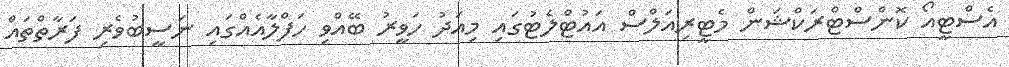
އެސްޓީއޯ ކޮންސްޓްރަކްޝަން މެޓީރިއަލްސް އައުޓްލެޓުގައި މިއަދު ހަވީރު ބޭއްވި ހަފްލާއެއްގައި ނަސީބުވެރި ފަރާތްތައް